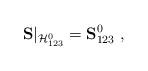
LaTeX: \begin{align*} \mathbf S|_{\mathcal H^0_{123}}=\mathbf S^0_{123} \ , \end{align*}